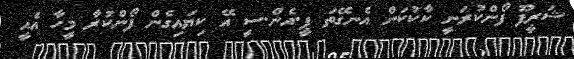
ޝަރީފޫ ފޯންކުރަނީ ކާކުކަން އެނގޭތަ ޕީ.އެން.ސީ އޭ ކިޔައިގެން ފޯންކުރާ މީހާ އެއީ